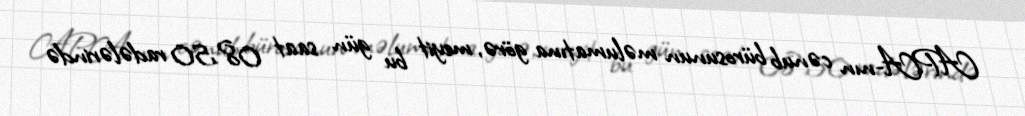
APA-nın cənub bürosunun məlumatına görə, meyit bu gün saat 08.50 radələrində